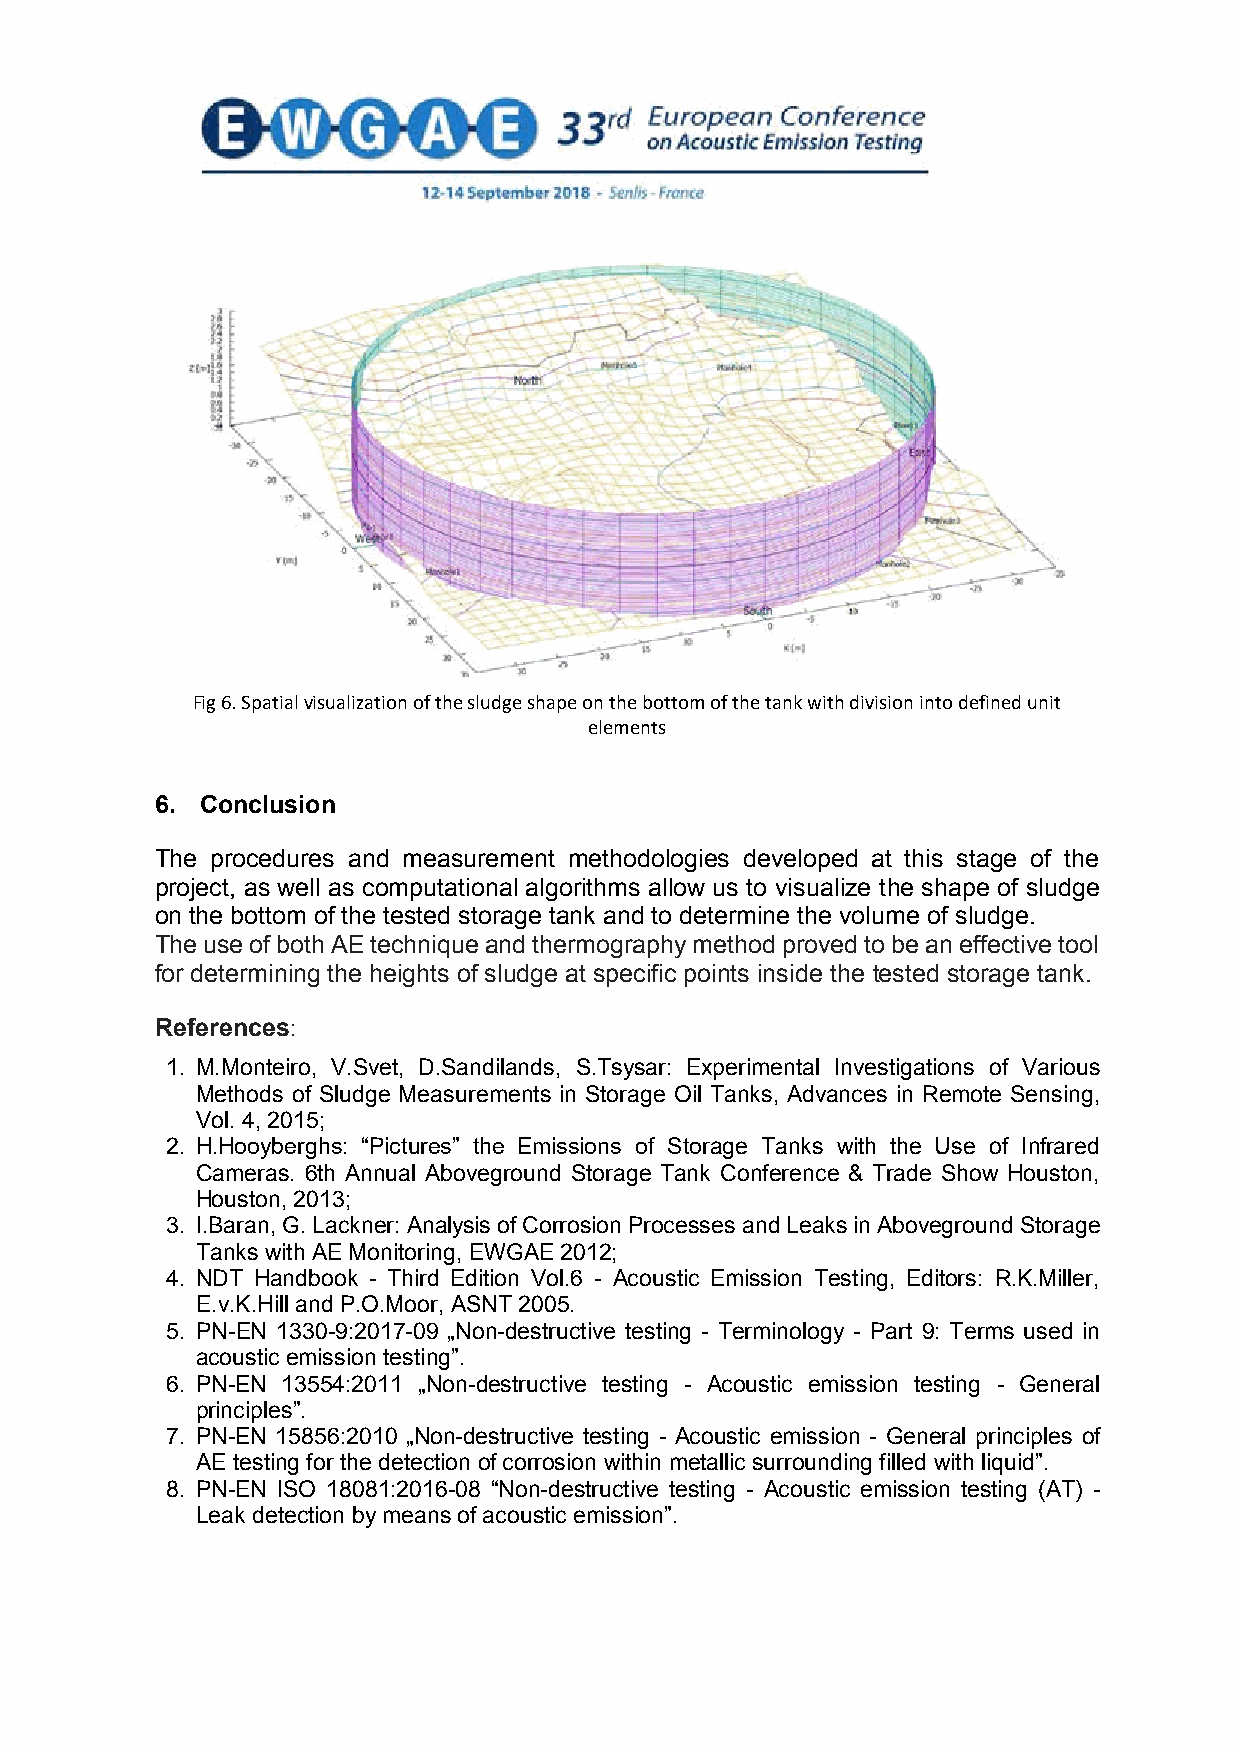
Fig 6. Spatial visualization of the sludge shape on the bottom of the tank with division into defined unit
 elements
 6. Conclusion
 The procedures and measurement methodologies developed at this stage of the
 project, as well as computational algorithms allow us to visualize the shape of sludge
 on the bottom of the tested storage tank and to determine the volume of sludge.
 The use of both AE technique and thermography method proved to be an effective tool
 for determining the heights of sludge at specific points inside the tested storage tank.
 References:
 1. M.Monteiro, V.Svet, D.Sandilands, S.Tsysar: Experimental Investigations of Various
 Methods of Sludge Measurements in Storage Oil Tanks, Advances in Remote Sensing,
 Vol. 4, 2015;
 2. H.Hooyberghs: “Pictures” the Emissions of Storage Tanks with the Use of Infrared
 Cameras. 6th Annual Aboveground Storage Tank Conference & Trade Show Houston,
 Houston, 2013;
 3. I.Baran, G. Lackner: Analysis of Corrosion Processes and Leaks in Aboveground Storage
 Tanks with AE Monitoring, EWGAE 2012;
 4. NDT Handbook - Third Edition Vol.6 - Acoustic Emission Testing, Editors: R.K.Miller,
 E.v.K.Hill and P.O.Moor, ASNT 2005.
 5. PN-EN 1330-9:2017-09 „Non-destructive testing - Terminology - Part 9: Terms used in
 acoustic emission testing”.
 6. PN-EN 13554:2011 „Non-destructive testing - Acoustic emission testing - General
 principles”.
 7. PN-EN 15856:2010 „Non-destructive testing - Acoustic emission - General principles of
 AE testing for the detection of corrosion within metallic surrounding filled with liquid”.
 8. PN-EN ISO 18081:2016-08 “Non-destructive testing - Acoustic emission testing (AT) -
 Leak detection by means of acoustic emission”.
 6